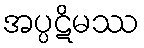
အပ္ပဋိမဿ